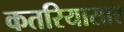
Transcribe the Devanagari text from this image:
कतरियासार